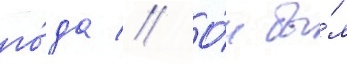
го́да // О́н бы́л